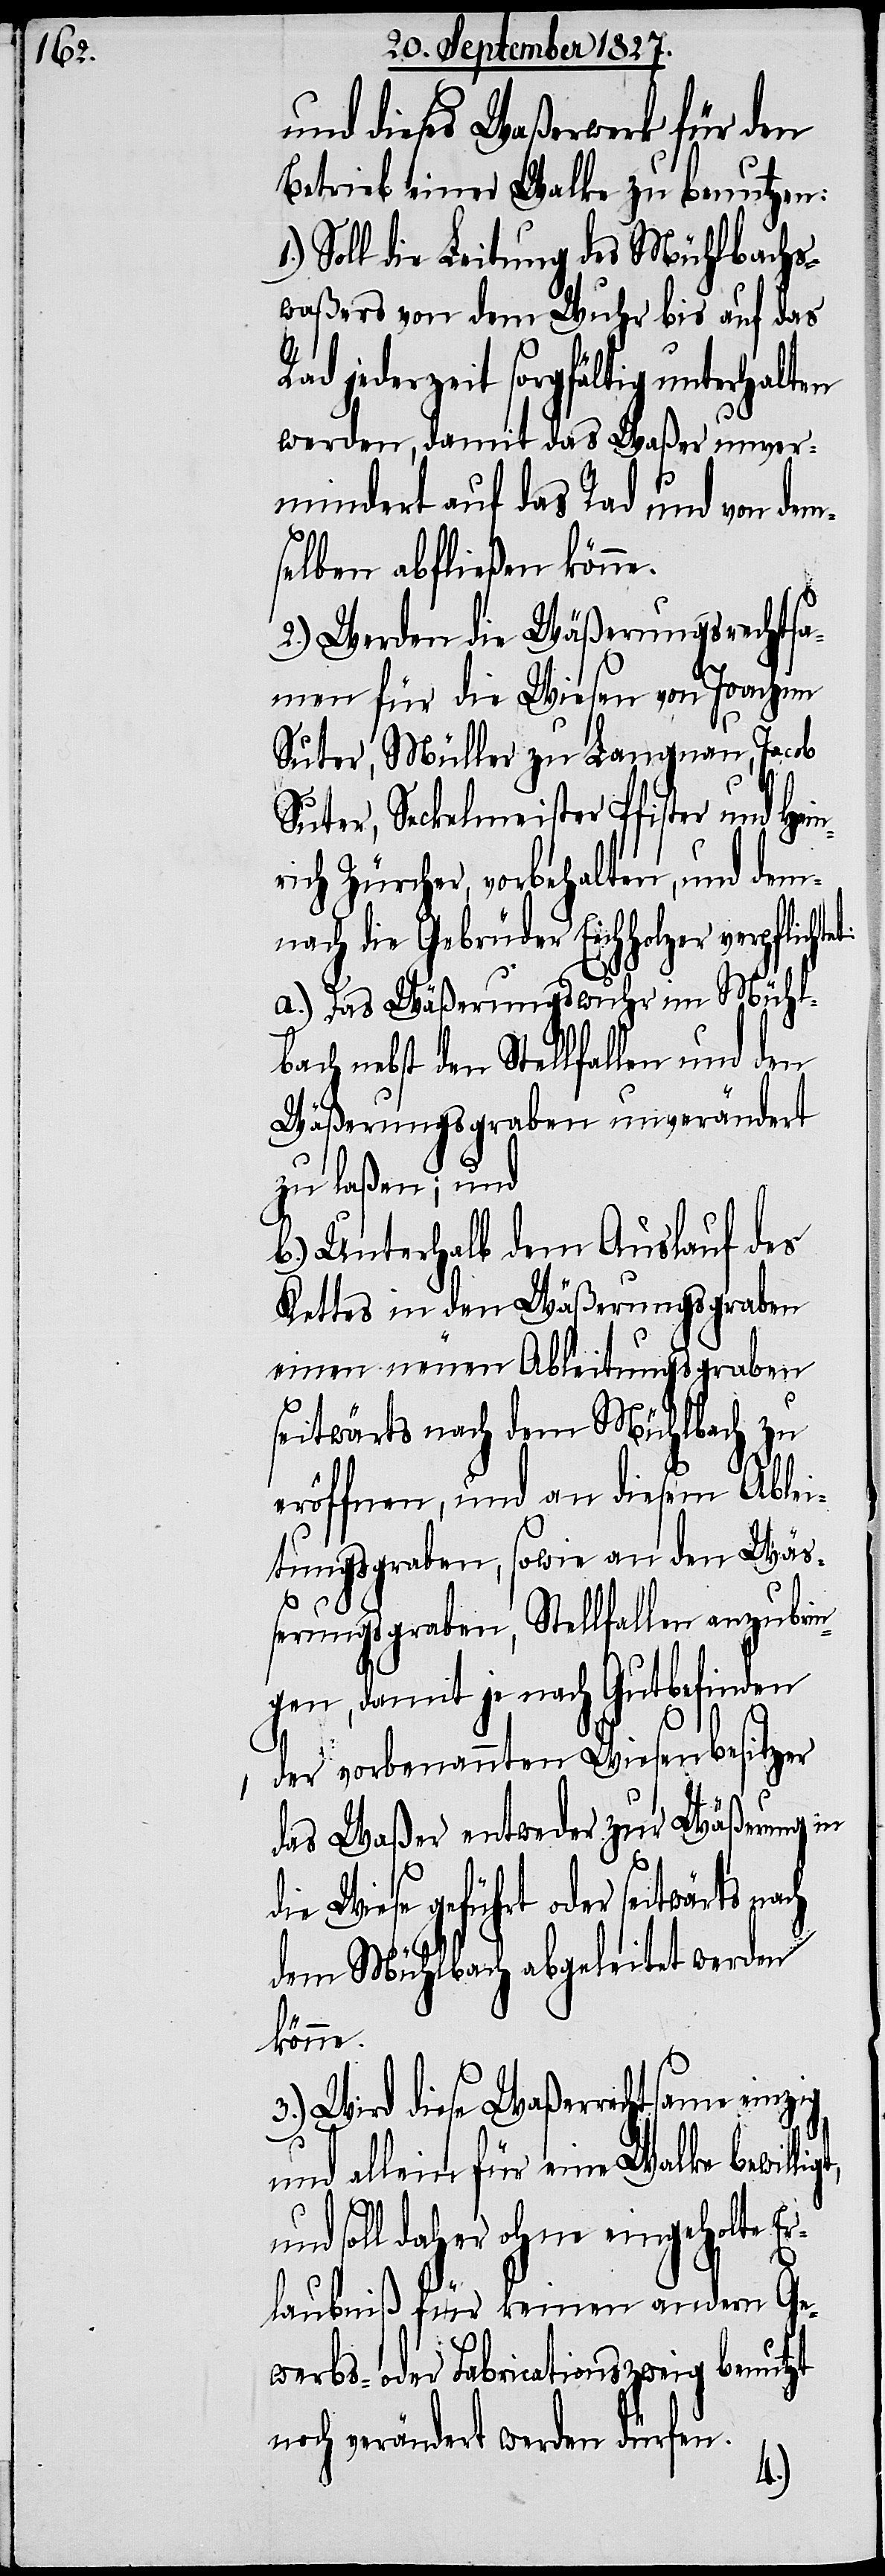
und dieses Waßerwerk für den
Betrieb einer Walke zu benutzen:
Soll die Leitung des Mühlbachs¬
waßers von dem Wuhr bis auf das
Rad jederzeit sorgfältig unterhalten
werden, damit das Waßer unver¬
mindert auf das Rad und von dem¬
selben abfließen könne.
2.) Werden die Wäßerungsrechtsa¬
men für die Wiesen von Joachim
Suter, Müller zu Langnau, Jacob
Suter, Seckelmeister Pfister und Hei¬
rich Zürcher, vorbehalten, und dem¬
nach die Gebrüder Eichholzer verpflich¬
a.) Das Wäßerungswuhr im Mühl¬
bach nebst den Stellfallen und den
Wäßerungsgraben unverändert
zu laßen; und
b.) Unterhalb dem Auslauf des
Kettes in den Wäßerungsgraben
einen neuen Ableitungsgraben
seitwärts nach dem Mühlbach zu
eröffnen, und an diesem Ablei¬
tungsgraben, sowie an den Wäß¬
tet:
erungsgraben, Stellfallen anzubrin¬
gen, damit je nach Gutbefinden
der vorbenannten Wiesenbesitzer
das Waßer entweder zur Wäßrung in
die Wiese geführt oder seitwärts
dem Mühlbach abgeleitet werden
könne.
3.) Wird diese Waßerrechtsame einzig
und allein für eine Walke bewilli¬
gt,
und soll daher ohne eingeholte Er¬
laubniß für keinen andern Ge¬
werbs- oder Fabricationszweig benutzt
noch verändert werden dürfen.
1.)